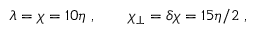
\lambda = \chi = 1 0 \eta \; , \qquad \chi _ { \perp } = \delta \chi = 1 5 \eta / 2 \; ,